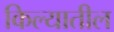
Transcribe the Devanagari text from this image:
किल्यातील